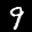
Label: 9